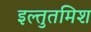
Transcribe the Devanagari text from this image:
इल्‍तुतमिश